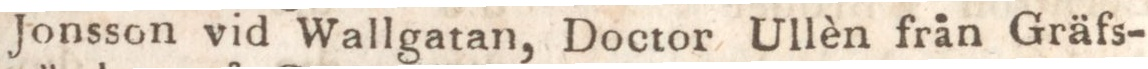
Jonsson vid Wallgatan, Doctor Ullèn från Gräfs-